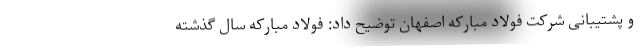
و پشتیبانی شرکت فولاد مبارکه اصفهان توضیح داد: فولاد مبارکه سال گذشته